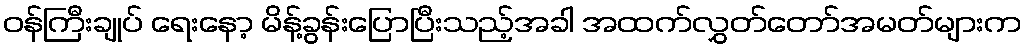
ဝန်ကြီးချုပ် ရေးနော့ မိန့်ခွန်းပြောပြီးသည့်အခါ အထက်လွှတ်တော်အမတ်များက